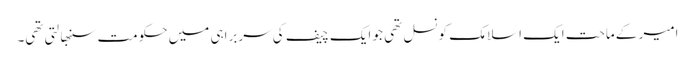
امیر کے ماحت ایک اسلامک کونسل تھی جو ایک چیف کی سربراہی میں حکومت سنبھالتی تھی۔